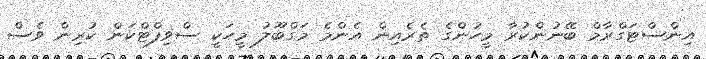
އިންސްޓަގްރާމް ބޭނުންކުރާ މީހުންގެ ތެރެއިން އެންމެ މަގްބޫލު މީހަކީ ސްވިފްޓްކަން ކުރިން ވެސް